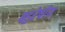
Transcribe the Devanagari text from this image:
बहुरेषीय